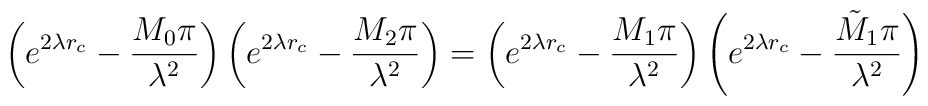
\left(e^{2\lambda r_c} - \frac{M_0\pi}{\lambda^2}\right)\left(e^{2\lambda r_c} - \frac{M_2\pi}{\lambda^2}\right)=\left(e^{2\lambda r_c} - \frac{M_1\pi}{\lambda^2}\right)\left(e^{2\lambda r_c} - \frac{\tilde{M}_1\pi}{\lambda^2}\right)